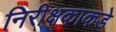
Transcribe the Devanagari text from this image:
निरीक्षकाकडे